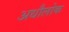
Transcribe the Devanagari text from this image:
अधौलोक